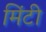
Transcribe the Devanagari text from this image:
मिंटी